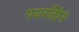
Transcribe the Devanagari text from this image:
पयरतिोने